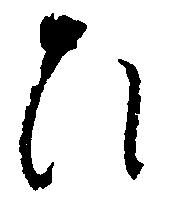
ひ